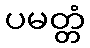
ပမတ္တံ